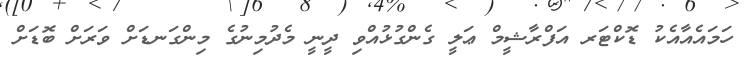
ހަމައެއާއެކު ޑޮކްޓަރ އަފްރާޝީމް ޢަލީ ގެންގުޅުއްވި ދީނީ މެދުމިނުގެ މިންގަނޑަށް ވަރަށް ބޮޑަށް